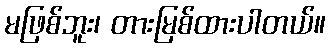
မဖြစ်ဘူး၊ တားမြစ်ထားပါတယ်။